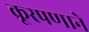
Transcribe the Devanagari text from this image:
क्रूरपणाने